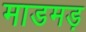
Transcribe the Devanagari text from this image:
माडमड़